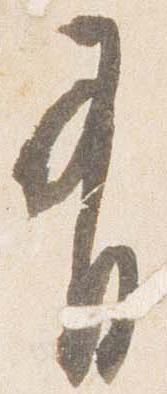
有